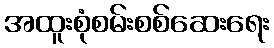
အထူးစုံစမ်းစစ်ဆေးရေး